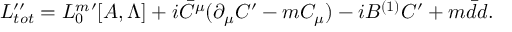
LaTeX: { \cal L } _ { t o t } ^ { \prime \prime } = { \cal L } _ { 0 } ^ { m } { } ^ { \prime } [ A , \Lambda ] + i \bar { C } ^ { \mu } ( \partial _ { \mu } C ^ { \prime } - m C _ { \mu } ) - i B ^ { ( 1 ) } C ^ { \prime } + m \bar { d } d .